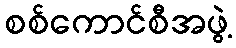
စစ်ကောင်စီအဖွဲ့